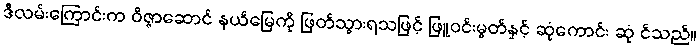
ဒီလမ်းကြောင်းက ဝိဇ္ဇာဆောင် နယ်မြေကို ဖြတ်သွားရသဖြင့် ဖြူဝင်းမွတ်နှင့် ဆုံကောင်း ဆုံ င်သည်။